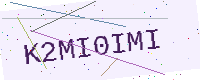
Text: K2MI0IMI